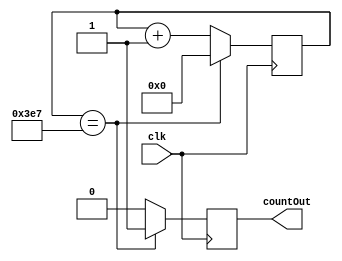
/*
Name: The Magnesium Team (Olanrewaju Ibironke, Su Hui Tan, Anitha Ramesh Puranik, Meghna Chittajallu)
Date: May 4, 2016
Project: One Thousand Count
*/

module OneThousandCount(clk, countOut);
input clk;
output countOut;

reg [11:0] rCount = 12'd0;
reg countOut;

// Sequential logic
always @(posedge clk)
begin
	if(rCount == 999) begin
		countOut <= 1;
		rCount <= 12'd0;
	end
	else begin
		countOut <= 0;
		rCount <= rCount + 12'd1;
	end
end
endmodule